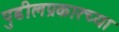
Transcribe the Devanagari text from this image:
पुढीलप्रकारच्या